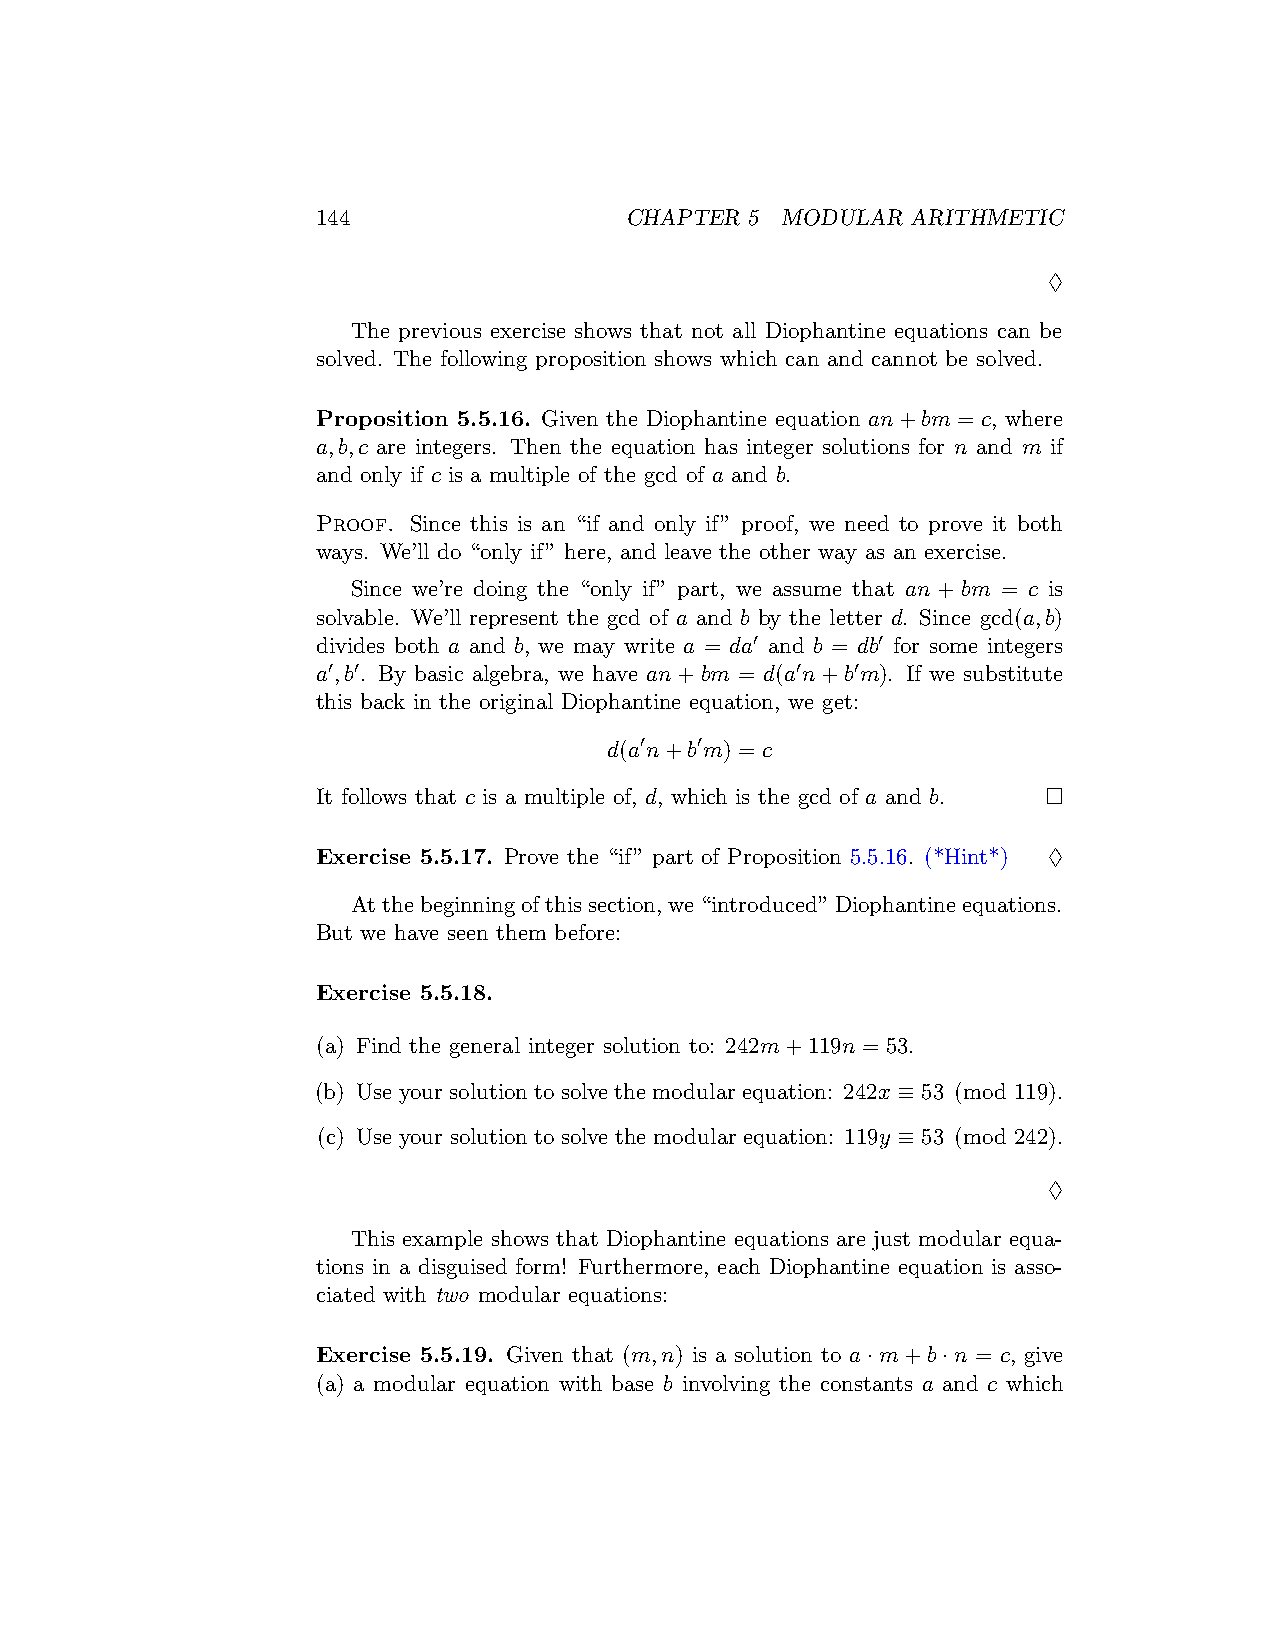
144                 CHAPTER  5 MODULAR ARITHMETIC
 ♢
 The previous exercise shows that not all Diophantine equations can be
 solved. The following proposition shows which can and cannot be solved.
 Proposition 5.5.16. Given the Diophantine equation an+bm = c, where
 a,b,c are integers. Then the equation has integer solutions for n and m if
 and only if c is a multiple of the gcd of a and b.
 Proof. Since this is an “if and only if” proof, we need to prove it both
 ways. We’ll do “only if” here, and leave the other way as an exercise.
 Since we’re doing the “only if” part, we assume that an + bm = c is
 solvable. We’ll represent the gcd of a and b by the letter d. Since gcd(a,b)
 divides both a and b, we may write a = da′ and b = db′ for some integers
 a′,b′. By basic algebra, we have an+bm = d(a′n+b′m). If we substitute
 this back in the original Diophantine equation, we get:
 d(a′n+b′m) = c
 It follows that c is a multiple of, d, which is the gcd of a and b. □
 Exercise 5.5.17. Prove the “if” part of Proposition 5.5.16. (*Hint*) ♢
 Atthebeginningofthissection,we“introduced”Diophantineequations.
 But we have seen them before:
 Exercise 5.5.18.
 (a) Find the general integer solution to: 242m+119n = 53.
 (b) Use your solution to solve the modular equation: 242x ≡ 53 (mod 119).
 (c) Use your solution to solve the modular equation: 119y ≡ 53 (mod 242).
 ♢
 This example shows that Diophantine equations are just modular equa-
 tions in a disguised form! Furthermore, each Diophantine equation is asso-
 ciated with two modular equations:
 Exercise 5.5.19. Given that (m,n) is a solution to a·m+b·n = c, give
 (a) a modular equation with base b involving the constants a and c which